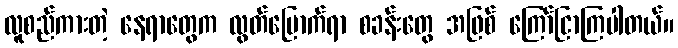
လူစည်ကားတဲ့ နေရာတွေက လွတ်မြောက်ရာ စခန်းတွေ အဖြစ် ကြော်ငြာကြပါတယ်။